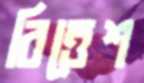
বিত্তেশ